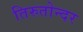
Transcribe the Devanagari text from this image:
तिरुतोन्दर